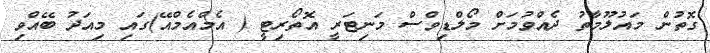
ގޮތުން މައުލޫމާތު ދެއްވުމަށް މޯލްޑިވްސް މަނިޓަރީ އޮތޯރިޓީ ( އެމްއެމްއޭ)ގައި މިއަދު ބޭއްވި